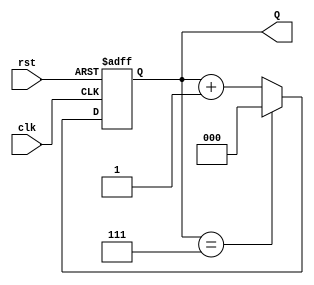
module up_counter_moore (
    input wire clk,        // Clock input
    input wire rst,        // Asynchronous reset input
    output reg [2:0] Q     // 3-bit output representing the current count value
);

// State transition logic
always @(posedge clk or posedge rst) begin
    if (rst) begin
        // Asynchronous reset to state 0
        Q <= 3'b000;
    end else begin
        // Increment the counter, wrapping around from 7 to 0
        if (Q == 3'b111) begin
            Q <= 3'b000; // Wrap around
        end else begin
            Q <= Q + 1; // Increment
        end
    end
end

endmodule